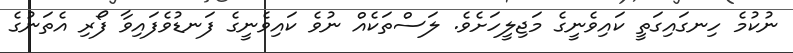
ނުކުމެ ހިނގައިގަތީ ކައިވެނީގެ މަޖިލީހަށެވެ. ލަސްތަކެއް ނުވެ ކައިވެނީގެ ފަނޑުވެފައިވާ ފޯރި އެތަނުގެ